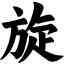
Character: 旋